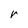
Character: r